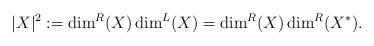
LaTeX: \begin{align*} |X|^2:=\dim^R(X)\dim^L(X)=\dim^R(X)\dim^R(X^*).\end{align*}